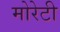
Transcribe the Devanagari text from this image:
मोरेटी